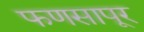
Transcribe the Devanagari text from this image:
फणसापूर